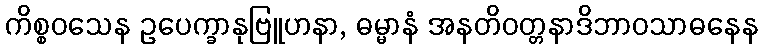
ကိစ္စဝသေန ဥပေက္ခာနုဗြူဟနာ, ဓမ္မာနံ အနတိဝတ္တနာဒိဘာဝသာဓနေန